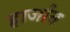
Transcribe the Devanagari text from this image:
हार्जान